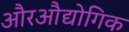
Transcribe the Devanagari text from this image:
औरऔद्योगिक